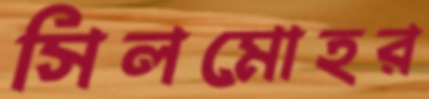
সিলমোহর